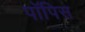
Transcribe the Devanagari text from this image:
पॉपिस